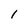
Character: 1